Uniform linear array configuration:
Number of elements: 48
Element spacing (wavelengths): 0.5
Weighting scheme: binomial
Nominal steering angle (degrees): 45
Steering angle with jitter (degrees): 43.454
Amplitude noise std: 0.05
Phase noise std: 0.05

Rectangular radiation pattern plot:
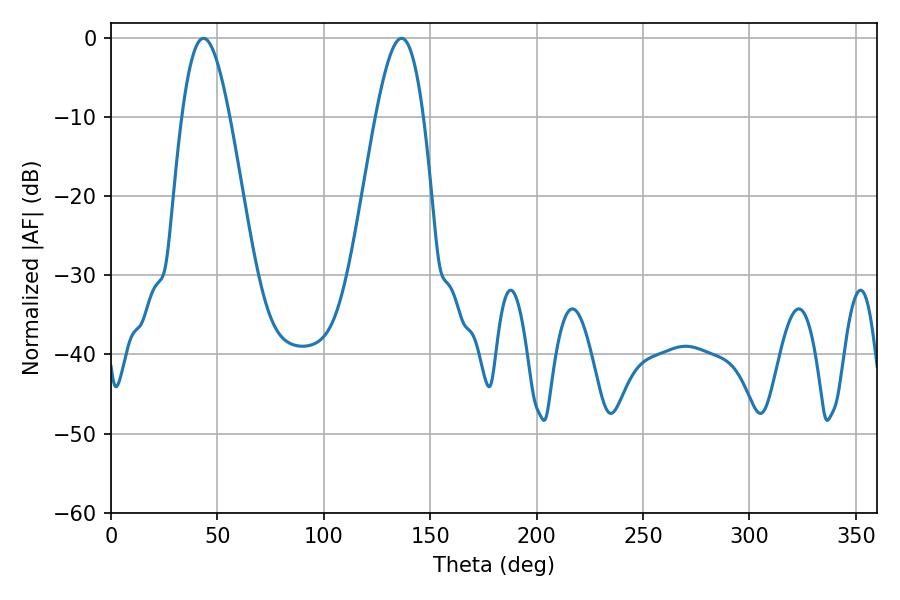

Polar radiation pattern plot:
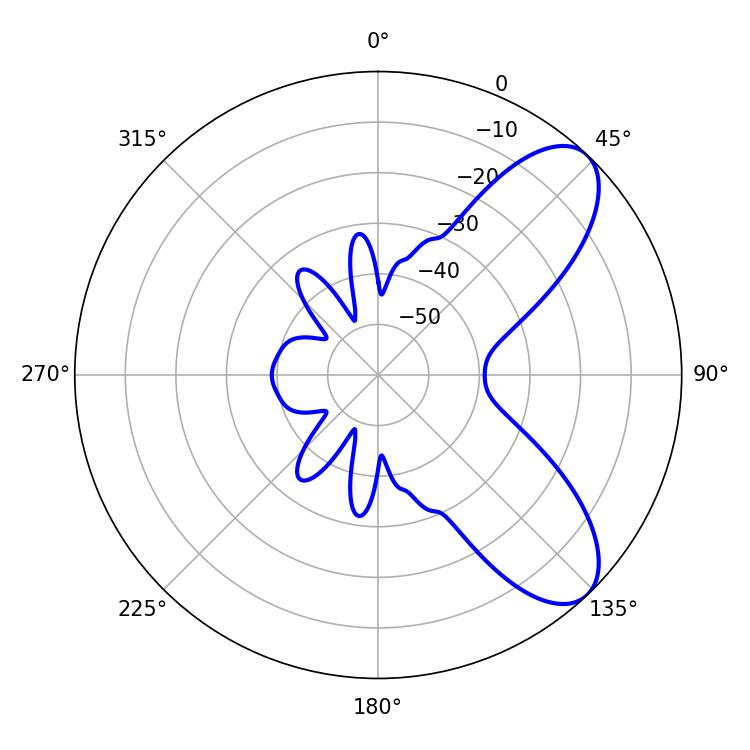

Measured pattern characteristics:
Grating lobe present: FALSE
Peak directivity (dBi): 7.977
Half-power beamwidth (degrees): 12.06
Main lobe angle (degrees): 43.38